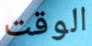
الوقت